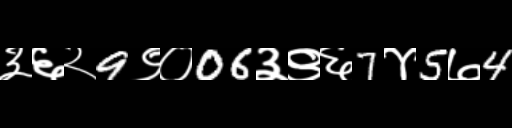
Text: ३६२9९०06३९६7४5७4